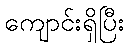
ကျောင်းရှိပြီး